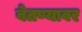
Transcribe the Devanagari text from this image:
बेतण्यावर